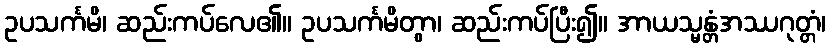
ဥပသင်္ကမိ၊ ဆည်းကပ်လေ၏။ ဥပသင်္ကမိတွာ၊ ဆည်းကပ်ပြီး၍။ အာယသ္မန္တံအဿဂုတ္တံ၊